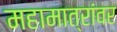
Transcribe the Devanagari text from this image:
महामात्रांवर